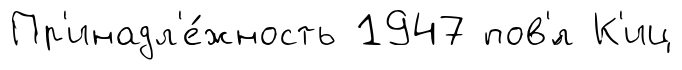
Пр'инадл'е́жность 1947 пов'́л К'иц